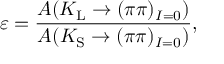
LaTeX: \varepsilon = { \frac { { A ( K _ { \mathrm { L } } \rightarrow ( \pi \pi ) _ { I = 0 } } ) } { A ( K _ { \mathrm { S } } \rightarrow ( \pi \pi ) _ { I = 0 } ) } } ,